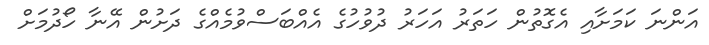
އަންނަ ކަމަށާއި އެގޮތުން ހަތަރު އަހަރު ދުވުހުގެ އެއްބަސްވުމެއްގެ ދަށުން އޭނާ ހޯދުމަށް